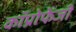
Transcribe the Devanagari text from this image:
कॉप्रोफेजी